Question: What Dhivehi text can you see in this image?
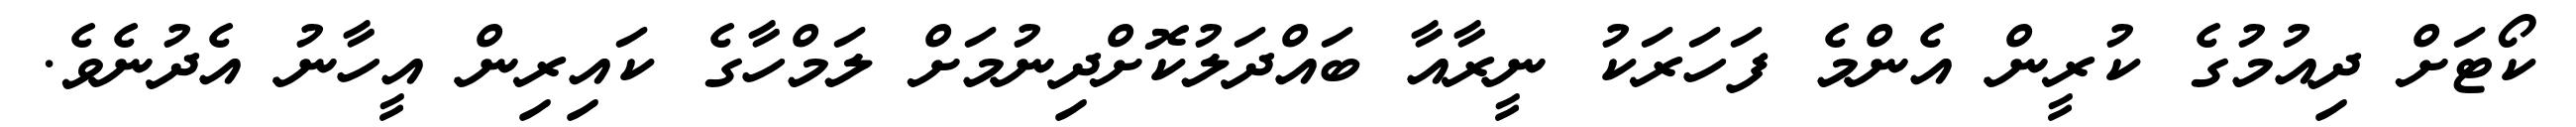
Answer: ކޯޓަށް ދިއުމުގެ ކުރީން އެންމެ ފަހަރަކު ނީރާއާ ބައްދަލުކޮށްދިނުމަށް ލަމްހާގެ ކައިރިން އީހާނު އެދުނެވެ.